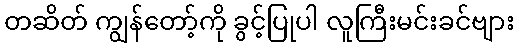
တဆိတ် ကျွန်တော့်ကို ခွင့်ပြုပါ လူကြီးမင်းခင်ဗျား